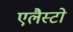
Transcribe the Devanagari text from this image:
एलैस्टो